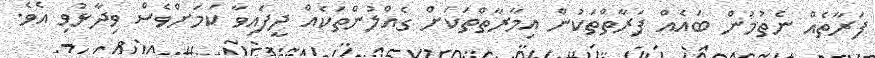
ފަރާތެއް ނެތުމުން ބައެއް ފަރާތްތަކުން އިމާރާތްތަކަށް ގެއްލުންތަކެއް ދީފައިވާ ކަމަށްވެސް ވިދާޅުވި އެވެ.